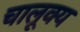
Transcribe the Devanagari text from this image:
चालूक्य